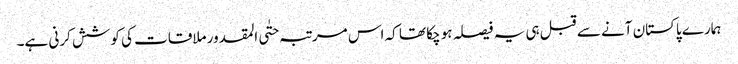
ہمارے پاکستان آنے سے قبل ہی یہ فیصلہ ہو چکا تھا کہ اس مرتبہ حتٰی المقدور ملاقات کی کوشش کرنی ہے۔